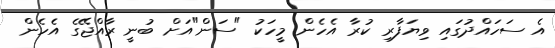
އެ ސަހައްދުގައި ވިޔަފާރި ކުރާ އެހެން މީހަކު "ސަން"އަށް ބުނީ ރާއްޖޭގެ އެހެން